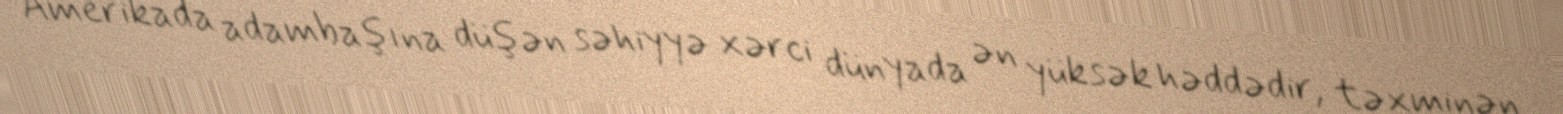
Amerikada adambaşına düşən səhiyyə xərci dünyada ən yüksək həddədir, təxminən